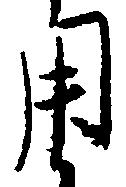
用